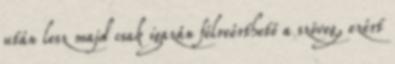
után lesz majd csak igazán félreérthető a szöveg, ezért